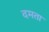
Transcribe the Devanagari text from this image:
दमता